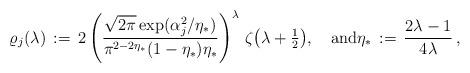
LaTeX: \begin{align*} \varrho_j(\lambda) \,:=\, 2\left(\frac{\sqrt{2\pi}\exp(\alpha_j^2/\eta_*)}{\pi^{2-2\eta_*}(1-\eta_*)\eta_*}\right)^\lambda\, \zeta\big(\lambda + \tfrac{1}{2}\big), \quad\mbox{and} \eta_* \,:=\, \frac{2\lambda-1}{4\lambda}\,,\end{align*}